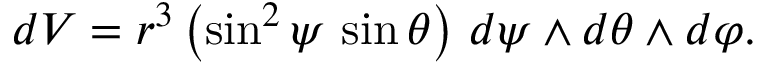
d V = r ^ { 3 } \left( \sin ^ { 2 } \psi \, \sin \theta \right) \, d \psi \wedge d \theta \wedge d \varphi .